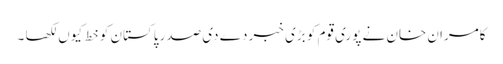
کامران خان نے پوری قوم کو بڑی خبر دے دی صدر پاکستان کو خط کیوں لکھا ۔